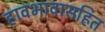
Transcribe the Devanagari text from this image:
हावभावासहित